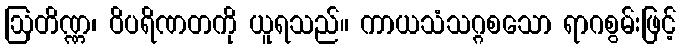
ဩတိဏ္ဏ၊ ဝိပရိဏတကို ယူရသည်။ ကာယသံသဂ္ဂစသော ရာဂစွမ်းဖြင့်